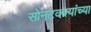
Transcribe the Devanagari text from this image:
सोनटक्क्यांच्या